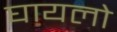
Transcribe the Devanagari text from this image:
घायलो